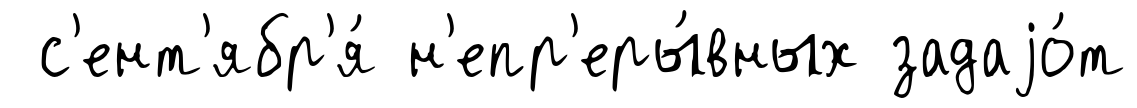
с'ент'ябр'я́ н'епр'еры́вных задаjо́т